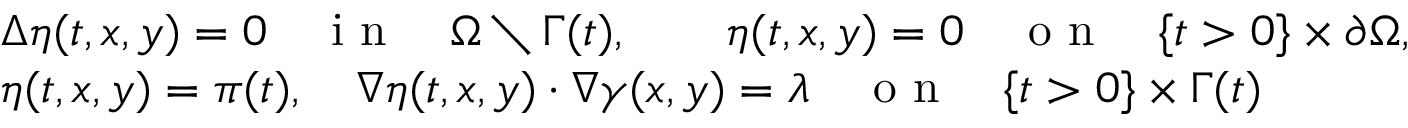
\begin{array} { r l } & { \Delta \eta ( t , x , y ) = 0 \quad \textrm { i n } \quad \Omega \setminus \Gamma ( t ) , \qquad \eta ( t , x , y ) = 0 \quad \textrm { o n } \quad \{ t > 0 \} \times \partial \Omega , } \\ & { \eta ( t , x , y ) = \pi ( t ) , \quad \nabla \eta ( t , x , y ) \cdot \nabla \gamma ( x , y ) = \lambda \quad \textrm { o n } \quad \{ t > 0 \} \times \Gamma ( t ) } \end{array}